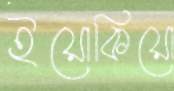
ইয়োকিয়ো